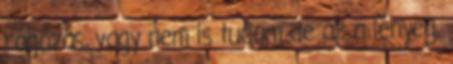
rágózás, vagy nem is tudom de az a lényeg,